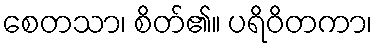
စေတသာ၊ စိတ်၏။ ပရိဝိတကာ၊